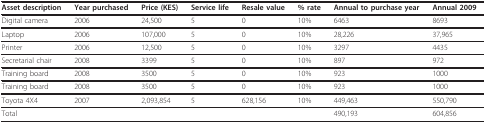
| Asset description | Year purchased | Price (KES) | Service life | Resale value | % rate | Annual to purchase year | Annual 2009 |
 | --- | --- | --- | --- | --- | --- | --- | --- |
 | Digital camera | 2006 | 24,500 | 5 | 0 | 10% | 6463 | 8693 |
 | Laptop | 2006 | 107,000 | 5 | 0 | 10% | 28,226 | 37,965 |
 | Printer | 2006 | 12,500 | 5 | 0 | 10% | 3297 | 4435 |
 | Secretarial chair | 2008 | 3399 | 5 | 0 | 10% | 897 | 972 |
 | Training board | 2008 | 3500 | 5 | 0 | 10% | 923 | 1000 |
 | Training board | 2008 | 3500 | 5 | 0 | 10% | 923 | 1000 |
 | Toyota 4X4 | 2007 | 2,093,854 | 5 | 628,156 | 10% | 449,463 | 550,790 |
 | Total |  |  |  |  |  | 490,193 | 604,856 |